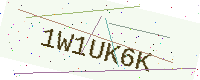
Text: 1W1UK6K